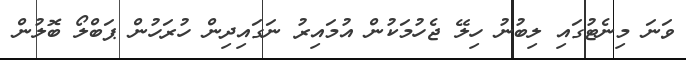
ވަނަ މިނެޓުގައި ލިބުނު ހިލޭ ޖެހުމަކުން އުމައިރު ނަގައިދިން ހުރަހުން ޕަބްލޯ ބޮލުން